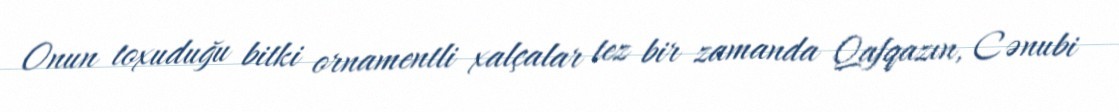
Onun toxuduğu bitki ornamentli xalçalar tez bir zamanda Qafqazın, Cənubi